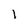
Character: 1